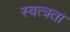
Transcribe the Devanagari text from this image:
स्वत्त्रता